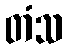
တံသ